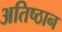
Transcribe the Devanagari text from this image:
अतिष्ठान